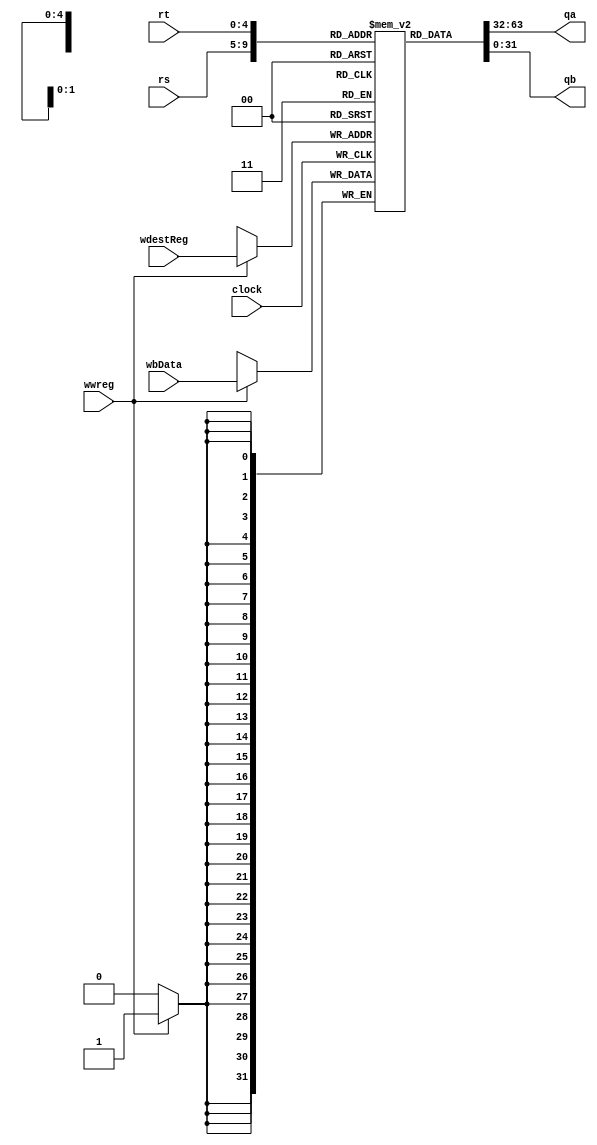
`timescale 1ns / 1ps
//////////////////////////////////////////////////////////////////////////////////
// Company: 
// Engineer: 
// 
// Design Name: 
// Module Name: register_file
// Project Name: 
// Target Devices: 
// Tool Versions: 
// Description: 
//     This is where the registers are kept, we index them with rs & rt
// Dependencies: 
// 
// Revision:
// Revision 0.01 - File Created
// Additional Comments:
// 
//////////////////////////////////////////////////////////////////////////////////


module register_file(
    input [4:0] rs,
    input [4:0] rt,
    input [4:0] wdestReg,    //added in lab5
    input [31:0] wbData,     //added in lab5
    input wwreg,             //added in lab5
    input clock,             //changed in final to be a single bit
    output reg [31:0] qa,
    output reg [31:0] qb
    );
    reg [31:0] registers [0:31];
    reg [4:0] i;
    initial begin
        for (i = 0; i < 32; i = i +1) begin 
            registers[i] <= 32'h00000000;
        end
        registers[32'h00000000] <= 32'hA00000AA ;
        registers[32'h00000001] <= 32'hA00000AA ;
        registers[32'h00000002] <= 32'h10000011 ;
        registers[32'h00000003] <= 32'h20000022 ;
        registers[32'h00000004] <= 32'h30000033 ;
        registers[32'h00000005] <= 32'h40000044 ;
        registers[32'h00000006] <= 32'h50000055 ;
        registers[32'h00000007] <= 32'h60000066 ;
        registers[32'h00000008] <= 32'h70000077 ;
        registers[32'h00000009] <= 32'h80000088 ;
        registers[32'h0000000A] <= 32'h90000099 ;
    end
    always @(negedge clock) begin 
        if (wwreg) registers[wdestReg] <= wbData; // set data
    end
    always  @(*) begin
        qa <= registers[rs]; 
        qb <= registers[rt];
    end
endmodule